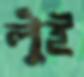
লুঁই